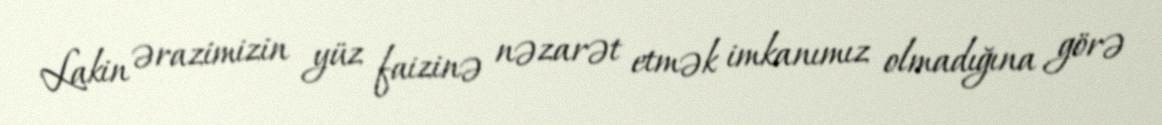
Lakin ərazimizin yüz faizinə nəzarət etmək imkanımız olmadığına görə